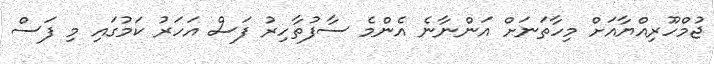
ޖުމްހޫރިއްޔާއަށް މިހާތަނަށް އަންނާނެ އެންމެ ސާފުތާހިރު ފަސް އަހަރު ކަމުގައި މި ފަސް